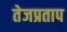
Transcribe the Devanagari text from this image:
तेजप्रताप